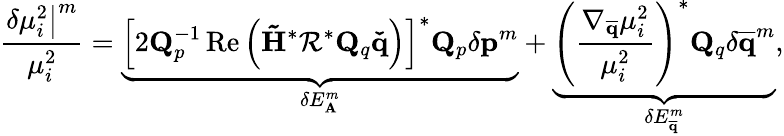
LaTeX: \frac{\left.\delta\mu_{i}^{2}\right|^{m}}{\mu_{i}^{2}}=\underbrace{\left[2\mathbf{Q}_{p}^{-1}\operatorname{Re}\left(\mathbf{\tilde{H}}^{*}\mathbf{\mathcal{R}}^{*}\mathbf{Q}_{q}\mathbf{\check{q}}\right)\right]^{*}\mathbf{Q}_{p}\delta\mathbf{p}^{m}}_{\delta E_{\mathbf{A}}^{m}}+\underbrace{\left(\frac{\nabla_{\mathbf{\overline{{q}}}}\mu_{i}^{2}}{\mu_{i}^{2}}\right)^{*}\mathbf{Q}_{q}\delta\mathbf{\overline{{q}}}^{m}}_{\delta E_{\mathbf{\overline{{q}}}}^{m}},